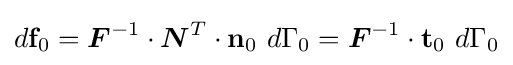
d\mathbf {f} _{0}={\boldsymbol {F}}^{-1}\cdot {\boldsymbol {N}}^{T}\cdot \mathbf {n} _{0}~d\Gamma _{0}={\boldsymbol {F}}^{-1}\cdot \mathbf {t} _{0}~d\Gamma _{0}